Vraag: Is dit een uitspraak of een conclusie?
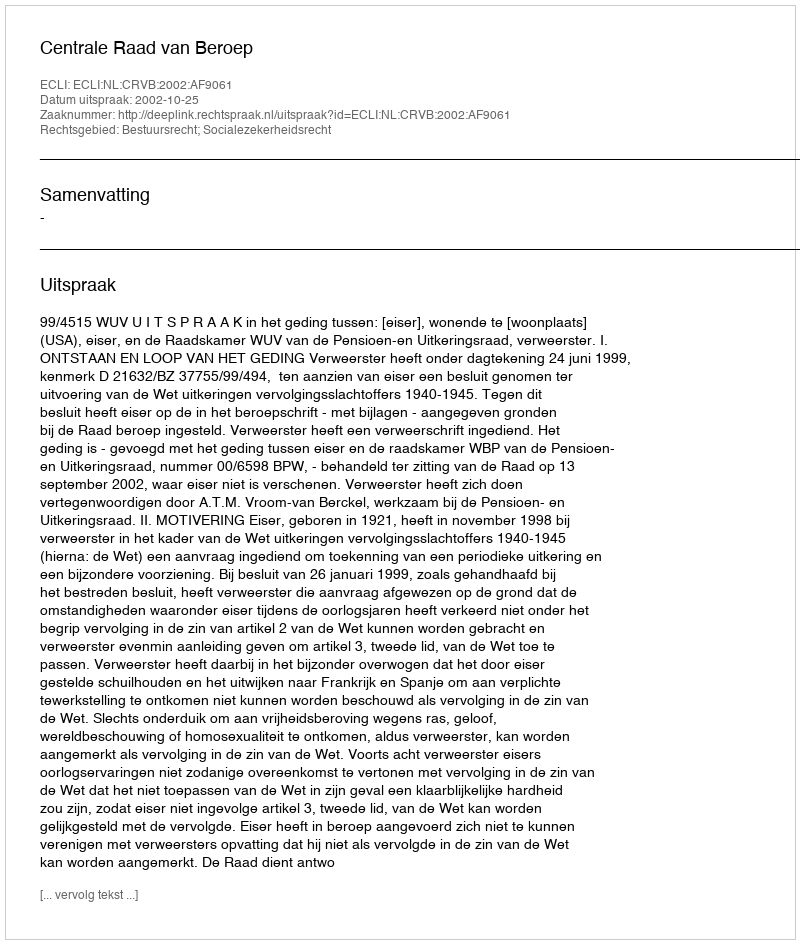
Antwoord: Uitspraak